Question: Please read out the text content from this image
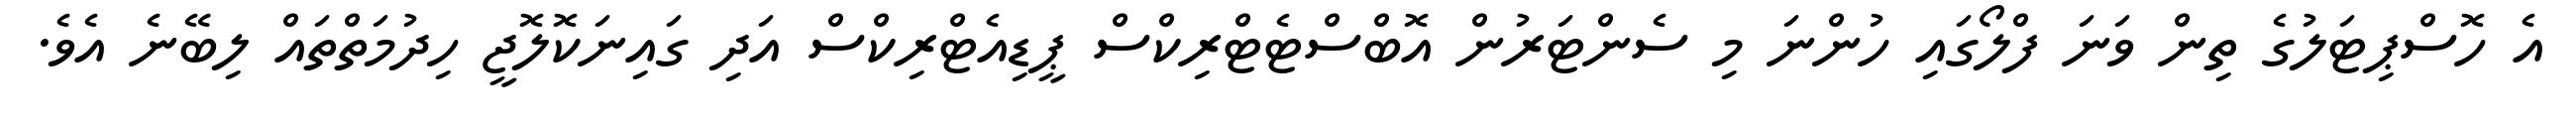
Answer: އެ ހޮސްޕިޓަލުގެ ތިން ވަނަ ފްލޯގައި ހުންނަ މި ސެންޓަރުން އޮބްސްޓެޓްރިކްސް ޕީޑިއެޓްރިކްސް އަދި ގައިނަކޮލޮޖީ ހިދުމަތްތައް ލިބޭނެ އެވެ.